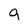
Character: g